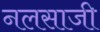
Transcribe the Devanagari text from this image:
नलसाजी